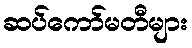
ဆပ်ကော်မတီများ